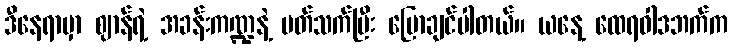
ဒီနေရာမှာ ဈာန်ရဲ့ အခန်းကဏ္ဍနဲ့ ပတ်သက်ပြီး ပြောချင်ပါတယ်။ ယနေ့ ထေရဝါဒဘက်က